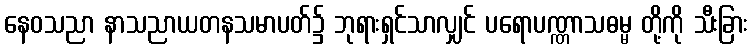
နေဝသညာ နာသညာယတနသမာပတ်၌ ဘုရားရှင်သာလျှင် ပရောပဏ္ဏာသဓမ္မ တို့ကို သီးခြား